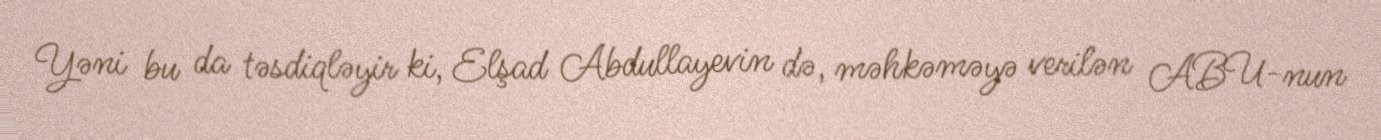
Yəni bu da təsdiqləyir ki, Elşad Abdullayevin də, məhkəməyə verilən ABU-nun